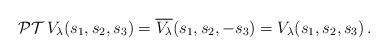
LaTeX: \begin{align*}\mathcal{PT}\,V_\lambda(s_1,s_2,s_3)=\overline{V_\lambda}(s_1,s_2,-s_3)=V_\lambda(s_1,s_2,s_3) \, .\end{align*}